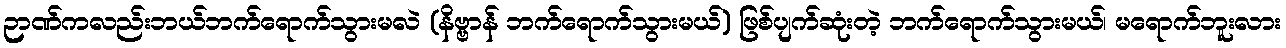
ဉာဏ်ကလည်းဘယ်ဘက်ရောက်သွားမလဲ (နိဗ္ဗာန် ဘက်ရောက်သွားမယ်) ဖြစ်ပျက်ဆုံးတဲ့ ဘက်ရောက်သွားမယ်၊ မရောက်ဘူးလား